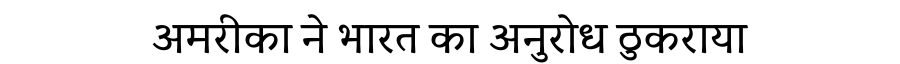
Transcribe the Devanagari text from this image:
अमरीका ने भारत का अनुरोध ठुकराया